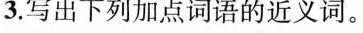
3.写出下列加点词语的近义词。